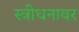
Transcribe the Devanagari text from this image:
स्त्रीधनावर